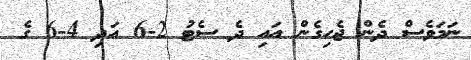
ނަމަވެސް ދެން ޖެހިގެން އައި ދެ ސެޓު 2-6 އަދި 4-6 ގެ